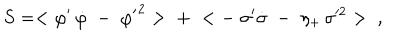
S = < { \varphi ^ { \prime } } \, \dot { \varphi } \; - \; { \varphi ^ { \prime } } ^ { 2 } > \; + \; < - \; \sigma ^ { \prime } \dot { \sigma } \; - \; \eta _ { + } \, \sigma ^ { 2 } > \; \; ,